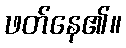
ဖတ်နေ၏။